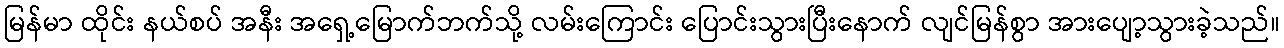
မြန်မာ ထိုင်း နယ်စပ် အနီး အရှေ့မြောက်ဘက်သို့ လမ်းကြောင်း ပြောင်းသွားပြီးနောက် လျင်မြန်စွာ အားပျော့သွားခဲ့သည်။